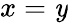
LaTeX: x=\mathit{y}